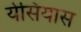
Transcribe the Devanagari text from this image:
येसियास